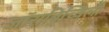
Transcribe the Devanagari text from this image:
जॉराबिच्विली